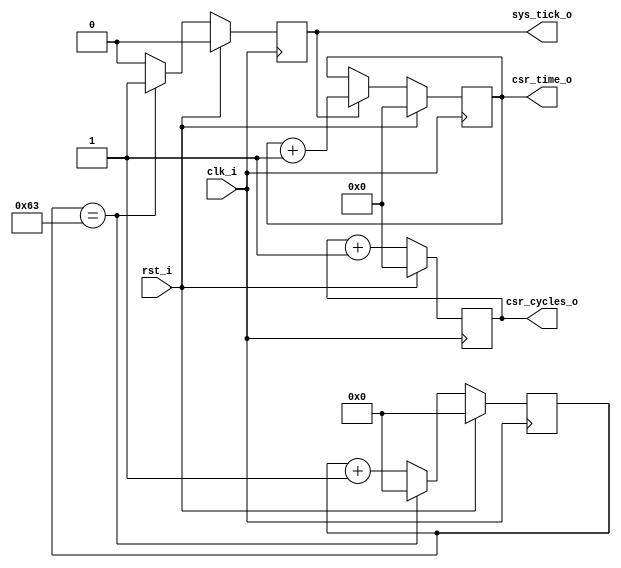
module urv_timer
  (
   input 	 clk_i,
   input 	 rst_i,

   output [63:0] csr_time_o,
   output [63:0] csr_cycles_o,
  
   output 	 sys_tick_o
   );

   parameter g_timer_frequency = 1000000;
   parameter g_clock_frequency = 100000000;

   localparam g_prescaler = (g_clock_frequency / g_timer_frequency ) - 1;
   
   reg [31:0] 	 presc;
   reg 		 presc_tick;
   
   reg [63:0] 	 cycles;
   reg [63:0] 	 ticks;
   
   always@(posedge clk_i)
     if(rst_i)
       begin
	  presc <= 0;
	  presc_tick <= 0;
       end else begin
	  if(presc == g_prescaler) begin
	     presc <= 0;
	     presc_tick <= 1;
	  end else begin
	     presc_tick <= 0;
	     presc <= presc + 1;
	  end // else: !if(rst_i)
       end // else: !if(rst_i)

   always @(posedge clk_i)
     if (rst_i)
       ticks <= 0;
     else if (presc_tick)
       ticks <= ticks + 1;
   
   always @(posedge clk_i)
     if (rst_i)
       cycles <= 0;
     else
       cycles <= cycles + 1;
   
   
   assign csr_time_o = ticks;
   assign csr_cycles_o = cycles;
   assign sys_tick_o = presc_tick;
   
endmodule